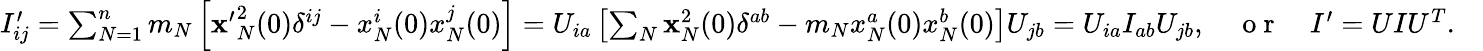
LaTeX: \begin{array}{r}{I_{ij}^{\prime}=\sum_{N=1}^{n}m_{N}\left[{\mathbf x^{\prime}}_{N}^{2}(0)\delta^{ij}-x_{N}^{i}(0)x_{N}^{j}(0)\right]=U_{ia}\left[\sum_{N}{\mathbf x}_{N}^{2}(0)\delta^{ab}-m_{N}x_{N}^{a}(0)x_{N}^{b}(0)\right]U_{jb}=U_{ia}I_{ab}U_{jb},\quad\mathrm{~o~r~}\quad I^{\prime}=UIU^{T}.\quad}\end{array}